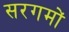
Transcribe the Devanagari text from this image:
सरगमों